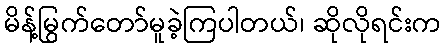
မိန့်မြွက်တော်မူခဲ့ကြပါတယ်၊ ဆိုလိုရင်းက